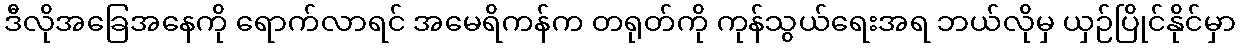
ဒီလိုအခြေအနေကို ရောက်လာရင် အမေရိကန်က တရုတ်ကို ကုန်သွယ်ရေးအရ ဘယ်လိုမှ ယှဉ်ပြိုင်နိုင်မှာ